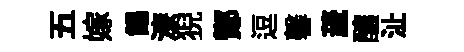
五嫁餳漆猊鄼逗馨薉釀沚